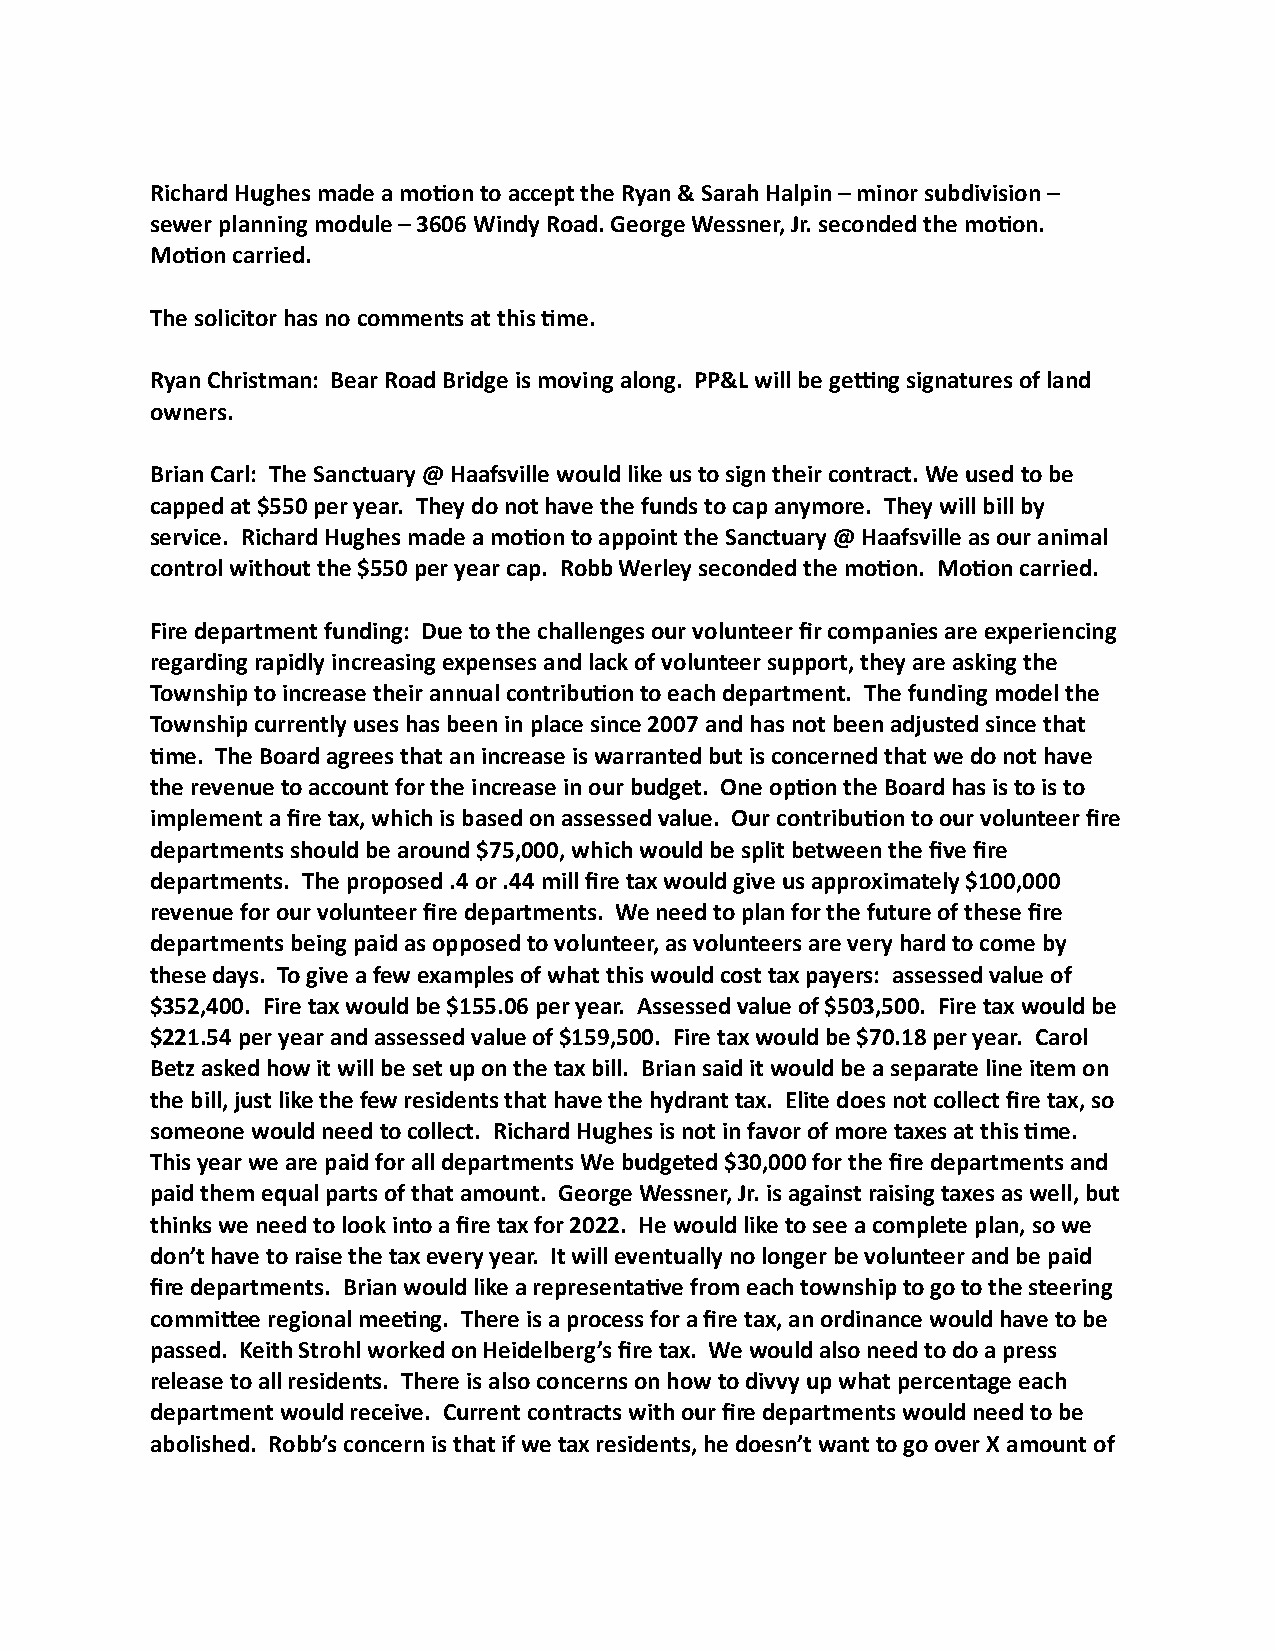
Richard Hughes made a moKon to accept the Ryan & Sarah Halpin – minor subdivision –
 sewer planning module – 3606 Windy Road. George Wessner, Jr. seconded the moKon.
 MoKon carried.
 The solicitor has no comments at this Kme.
 Ryan Christman: Bear Road Bridge is moving along. PP&L will be gejng signatures of land
 owners.
 Brian Carl: The Sanctuary @ Haafsville would like us to sign their contract. We used to be
 capped at $550 per year. They do not have the funds to cap anymore. They will bill by
 service. Richard Hughes made a moKon to appoint the Sanctuary @ Haafsville as our animal
 control without the $550 per year cap. Robb Werley seconded the moKon. MoKon carried.
 Fire department funding: Due to the challenges our volunteer fir companies are experiencing
 regarding rapidly increasing expenses and lack of volunteer support, they are asking the
 Township to increase their annual contribuKon to each department. The funding model the
 Township currently uses has been in place since 2007 and has not been adjusted since that
 Kme. The Board agrees that an increase is warranted but is concerned that we do not have
 the revenue to account for the increase in our budget. One opKon the Board has is to is to
 implement a fire tax, which is based on assessed value. Our contribuKon to our volunteer fire
 departments should be around $75,000, which would be split between the five fire
 departments. The proposed .4 or .44 mill fire tax would give us approximately $100,000
 revenue for our volunteer fire departments. We need to plan for the future of these fire
 departments being paid as opposed to volunteer, as volunteers are very hard to come by
 these days. To give a few examples of what this would cost tax payers: assessed value of
 $352,400. Fire tax would be $155.06 per year. Assessed value of $503,500. Fire tax would be
 $221.54 per year and assessed value of $159,500. Fire tax would be $70.18 per year. Carol
 Betz asked how it will be set up on the tax bill. Brian said it would be a separate line item on
 the bill, just like the few residents that have the hydrant tax. Elite does not collect fire tax, so
 someone would need to collect. Richard Hughes is not in favor of more taxes at this Kme.
 This year we are paid for all departments We budgeted $30,000 for the fire departments and
 paid them equal parts of that amount. George Wessner, Jr. is against raising taxes as well, but
 thinks we need to look into a fire tax for 2022. He would like to see a complete plan, so we
 don’t have to raise the tax every year. It will eventually no longer be volunteer and be paid
 fire departments. Brian would like a representaKve from each township to go to the steering
 commiYee regional meeKng. There is a process for a fire tax, an ordinance would have to be
 passed. Keith Strohl worked on Heidelberg’s fire tax. We would also need to do a press
 release to all residents. There is also concerns on how to divvy up what percentage each
 department would receive. Current contracts with our fire departments would need to be
 abolished. Robb’s concern is that if we tax residents, he doesn’t want to go over X amount of